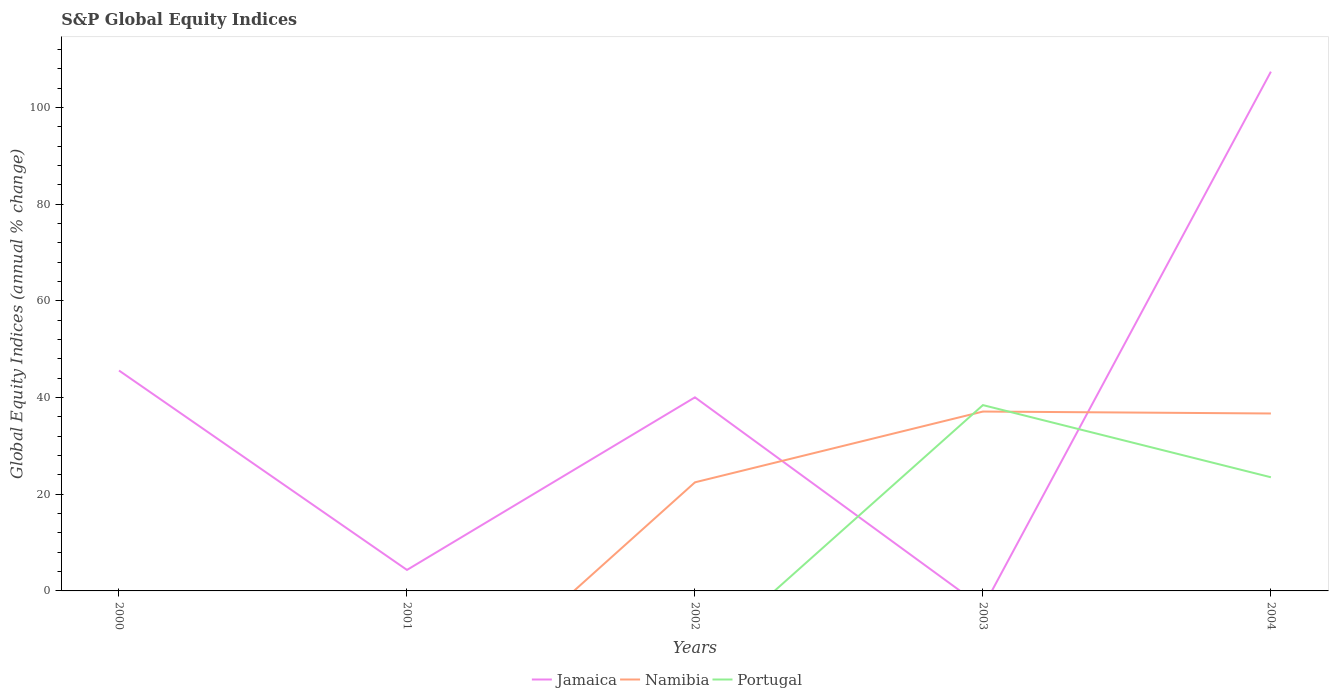
| Years | Jamaica | Namibia | Portugal |
 | --- | --- | --- | --- |
 | 2000 | 45.6 | -37.8 | -10.4 |
 | 2001 | 4.34 | -31 | -22.7 |
 | 2002 | 40 | 22.5 | -14.7 |
 | 2003 | -3.43 | 37.1 | 38.4 |
 | 2004 | 107 | 36.7 | 23.5 |